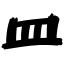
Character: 皿